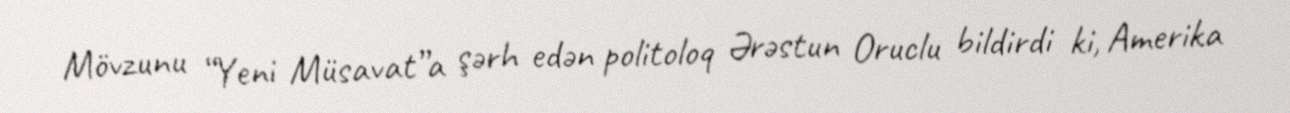
Mövzunu “Yeni Müsavat”a şərh edən politoloq Ərəstun Oruclu bildirdi ki, Amerika